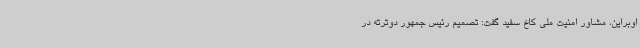
اوبراین، مشاور امنیت ملی کاخ سفید گفت: تصمیم رئیس جمهور دوترته در